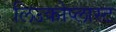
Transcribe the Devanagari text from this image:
लिउकोप्लास्ट